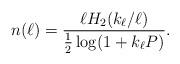
LaTeX: \begin{align*}n(\ell) = \frac{ \ell H_2 (k_{\ell} / \ell) }{ \frac{1}{2} \log(1+ k_{\ell} P) }.\end{align*}